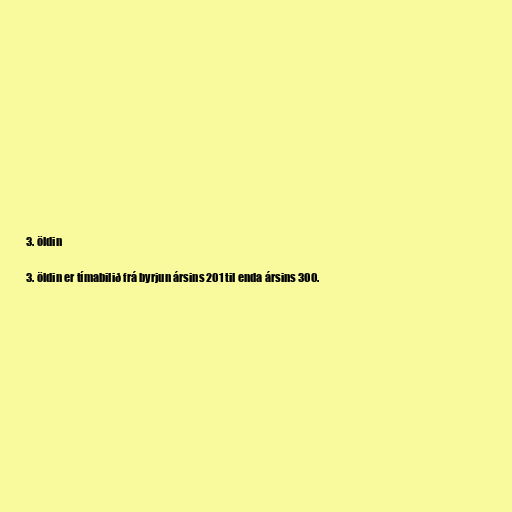
3. öldin

3. öldin er tímabilið frá byrjun ársins 201 til enda ársins 300.